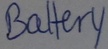
Text: Battery